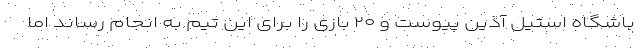
باشگاه استیل آذین پیوست و ۲۰ بازی را برای این تیم به انجام رساند اما